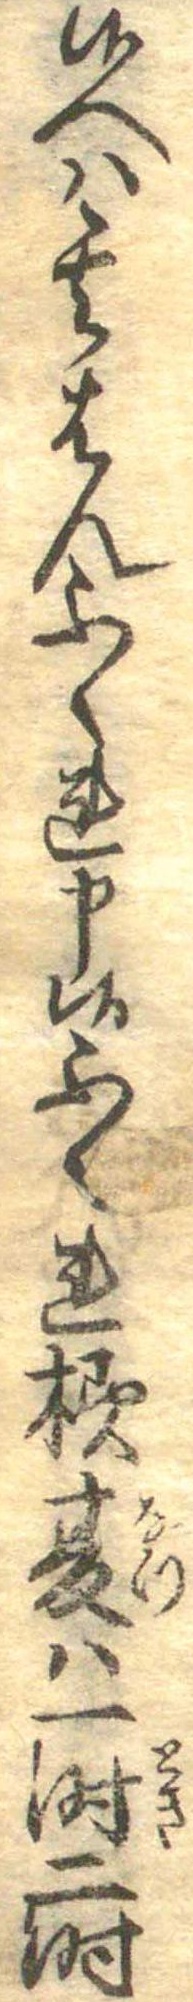
候へは其はんふくれ申候ふくれ様夏は一時二時